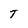
Character: T